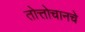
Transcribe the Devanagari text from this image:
तोत्तोचानचे